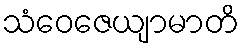
သံဝေဇေယျာမာတိ